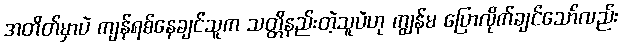
အတိတ်မှာပဲ ကျန်ရစ်နေချင်သူက သတ္တိနည်းတဲ့သူပဲဟု ကျွန်မ ပြောလိုက်ချင်သော်လည်း